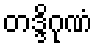
တဒ္ဒိဂုဏံ